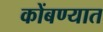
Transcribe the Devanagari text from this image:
कोंबण्यात